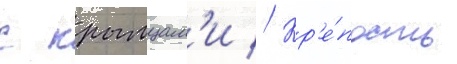
с крымцам'и // Кр'е́пость